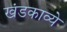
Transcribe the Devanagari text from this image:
खंडकाव्ये